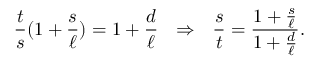
{ \frac { t } { s } } ( 1 + { \frac { s } { \ell } } ) = 1 + { \frac { d } { \ell } } \ \ \Rightarrow \ \ { \frac { s } { t } } = { \frac { 1 + { \frac { s } { \ell } } } { 1 + { \frac { d } { \ell } } } } .